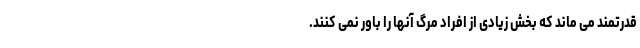
قدرتمند می ماند که بخش زیادی از افراد مرگ آنها را باور نمی کنند.